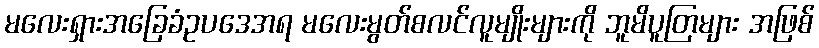
မလေးရှားအခြေခံဥပဒေအရ မလေးမွတ်စလင်လူမျိုးများကို ဘူမိပူတြများ အဖြစ်